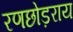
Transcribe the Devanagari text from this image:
रणछोड़राय